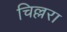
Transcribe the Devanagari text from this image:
चिल्लरा